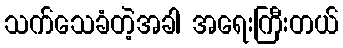
သက်သေခံတဲ့အခါ အရေးကြီးတယ်